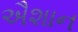
ઐશાન